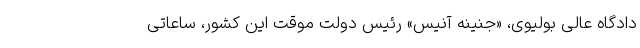
دادگاه عالی بولیوی، «جنینه آنیِس» رئیس دولت موقت این کشور، ساعاتی